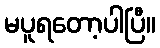
မပူရတော့ပါပြီ။